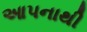
આપનાથી